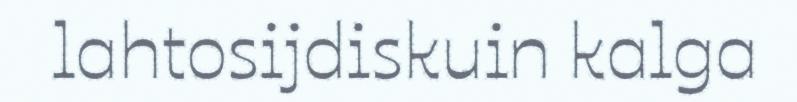
lahtosijdiskuin kalga